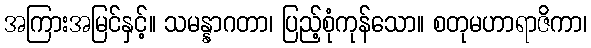
အကြားအမြင်နှင့်။ သမန္နာဂတာ၊ ပြည့်စုံကုန်သော။ စတုမဟာရာဇိကာ၊